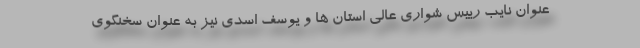
عنوان نایب رییس شواری عالی استان ها و یوسف اسدی نیز به عنوان سخنگوی